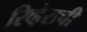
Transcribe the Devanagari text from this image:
रिव्हेराची